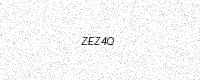
Text: ZEZ4Q